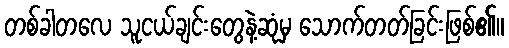
တစ်ခါတလေ သူငယ်ချင်းတွေနဲ့ဆုံမှ သောက်တတ်ခြင်းဖြစ်၏။